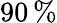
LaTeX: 90\, \%